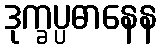
ဒုက္ခပ္ပဓာနေန